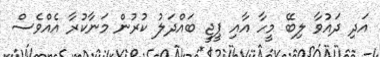
އަދި ދައުވާ ލިބޭ މީހާ އާއި ޕީޖީ ބައްދަލު ކުރުން މަނާކުރާ އެއްވެސް